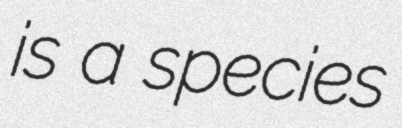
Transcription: is a species